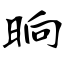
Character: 晌